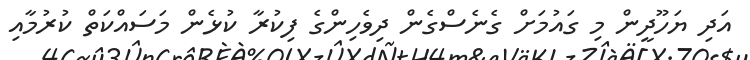
އަދި ޔަހޫދީން މި ގައުމަށް ގެނެސްގެން ދިވެހިންގެ ފިކުރާ ކުޅެން މަސައްކަތް ކުރުމާއި